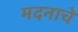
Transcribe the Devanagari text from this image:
मदनाचे